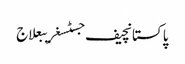
پاکستانچیف جسٹسغریبعلاج